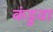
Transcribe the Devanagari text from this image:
कंडुवा